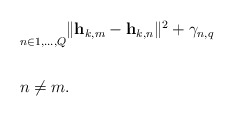
\begin{align*}\begin{aligned}& \underset{n \in {1, \ldots , Q}}{} \| \mathbf{h}_{k,m} - \mathbf{h}_{k,n} \|^2 + \gamma_{n,q} \\& \\& n \neq m. \\\end{aligned}\end{align*}